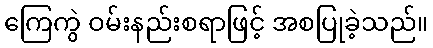
ကြေကွဲ ဝမ်းနည်းစရာဖြင့် အစပြုခဲ့သည်။